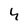
Character: 4